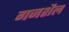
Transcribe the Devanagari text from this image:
गजशैल